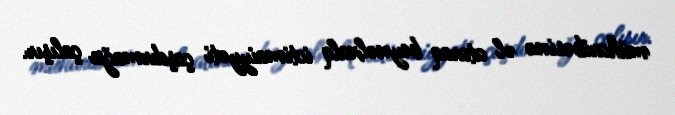
müharibəsinə əl ataraq beynəlxalq ictimaiyyəti çaşdırmağa çalışır.